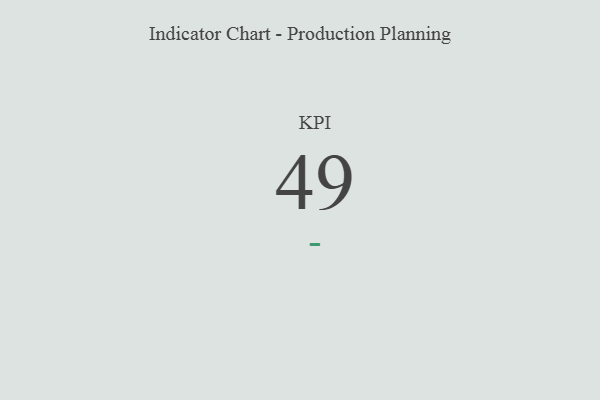
{"axis": {"x": "KPI", "y": "Value"}, "legend": [""], "data": [{"x": "KPI", "y": 49, "type": ""}]}